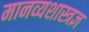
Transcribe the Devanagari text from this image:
मानव्यशास्त्रज्ञ